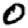
Digit: 0